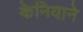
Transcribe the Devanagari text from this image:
केनियाने